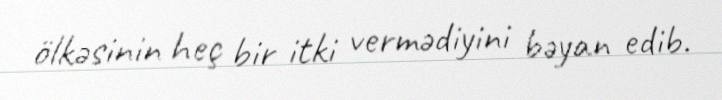
ölkəsinin heç bir itki vermədiyini bəyan edib.